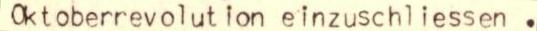
Oktoberrevolution einzuschliessen .